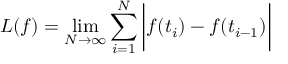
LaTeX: L ( f ) = \operatorname* { l i m } _ { N \to \infty } \sum _ { i = 1 } ^ { N } { \bigg | } f ( t _ { i } ) - f ( t _ { i - 1 } ) { \bigg | }